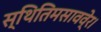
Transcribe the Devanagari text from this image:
स्थितिमसाववे्र।